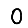
Digit: 0